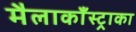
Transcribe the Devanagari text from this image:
मैलाकाँस्ट्राका